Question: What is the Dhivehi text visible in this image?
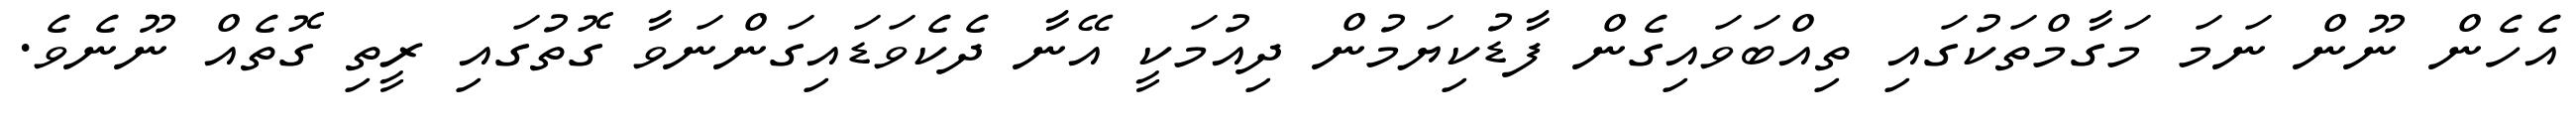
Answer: އެހެން ނޫން ނަމަ މަގާމްތަކުގައި ތިއްބަވައިގެން ފާޑުކިޔަމުން ދިއުމަކީ އޭނާ ދެކެވަޑައިގަންނަވާ ގޮތުގައި ރީތި ގޮތެއް ނޫނެވެ.